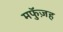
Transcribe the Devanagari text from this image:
मफुॅज़ह